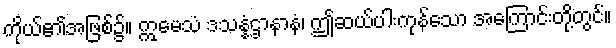
ကိုယ်၏အဖြစ်၌။ ဣမေသံ ဒသန္နံဌာနာနံ၊ ဤဆယ်ပါးကုန်သော အကြောင်းတို့တွင်။